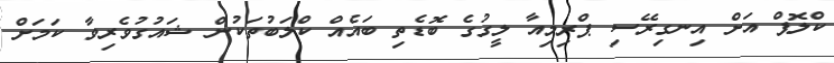
ކްލޮޕް އަށް އިނގިރޭސި ޕްރިމިއާ ލީގުގެ ބޮޑެތި ބައެއް ކްލަބުތަކުން ޝައުގުވެރިވާ ކަމަށް